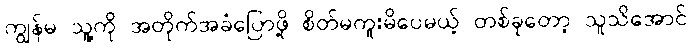
ကျွန်မ သူ့ကို အတိုက်အခံပြောဖို့ စိတ်မကူးမိပေမယ့် တစ်ခုတော့ သူသိအောင်